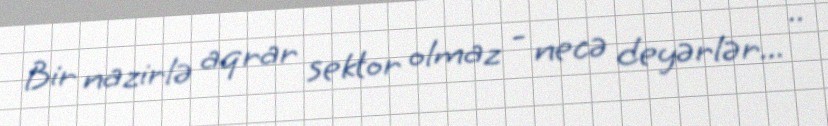
Bir nazirlə aqrar sektor olmaz - necə deyərlər... ..